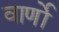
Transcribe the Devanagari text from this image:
वार्णो